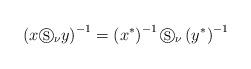
LaTeX: \begin{align*}\left( x\circledS _{\nu }y\right) ^{-1}=\left( x^{\ast }\right)^{-1}\circledS _{\nu }\left( y^{\ast }\right) ^{-1} \end{align*}